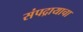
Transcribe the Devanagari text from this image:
संपद्रायाचा